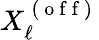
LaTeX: X_{\ell}^{\mathrm{~(~o~f~f~)~}}